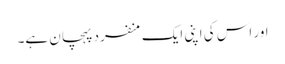
اور اس کی اپنی ایک منفرد پہچان ہے۔